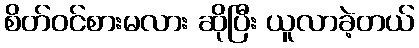
စိတ်ဝင်စားမလား ဆိုပြီး ယူလာခဲ့တယ်